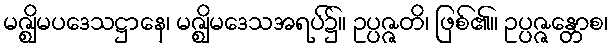
မဇ္ဈိမပဒေသဋ္ဌာနေ၊ မဇ္ဈိမဒေသအရပ်၌။ ဥပ္ပဇ္ဇတိ၊ ဖြစ်၏။ ဥပ္ပဇ္ဇန္တောစ၊